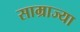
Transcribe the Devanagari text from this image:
साम्राज्या